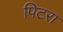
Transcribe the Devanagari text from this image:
पिटरा